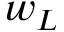
w _ { L }